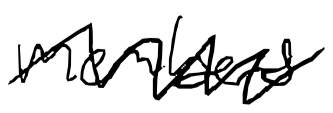
Text: members
Cross-out: zig-zag
Writing tool: digital_black